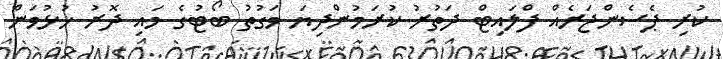
ކުރި ޕެސެންޖަރެއް ފްލައިޓް ދަތުރު ކުރަމުންދިޔަ ވަގުތު ބޯޓުގެ މައި ދޮރު ހުޅުވަން